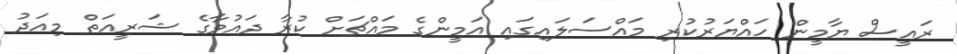
ރައީސް ޔާމީން ހައްޔަރުކުރި މައްސަލައިގައި އަމީންގެ މައްޗަށް ކުރާ ދައުވާގެ ޝަރީއަތް މިއަދު